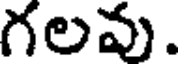
గలవు.